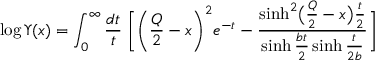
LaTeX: \log \Upsilon ( x ) = \int _ { 0 } ^ { \infty } \frac { d t } { t } \; \biggl [ \biggl ( \frac { Q } { 2 } - x \biggr ) ^ { 2 } e ^ { - t } - \frac { \sinh ^ { 2 } \bigl ( \frac { Q } { 2 } - x \bigr ) \frac { t } { 2 } } { \sinh \frac { b t } { 2 } \sinh \frac { t } { 2 b } } \biggr ]